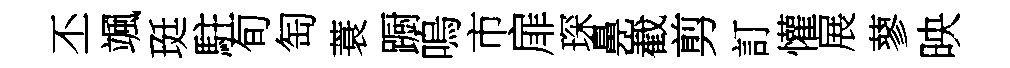
丕颯珽駐旬匋蓑蹰嗚市扉琛鼻嶻剪訂懽展蓼映